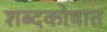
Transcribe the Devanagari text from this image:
शब्दकोषात